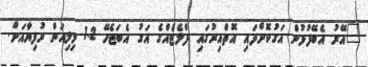
"އޭރު އެބޭފުޅުން އަގުކޮށްފައި އޮތްއިރުގައި ފްލެޓެއްގެ އަގު އެބަޖެހޭ 1.2 މިލިއަން ރުފިޔާއަށް.